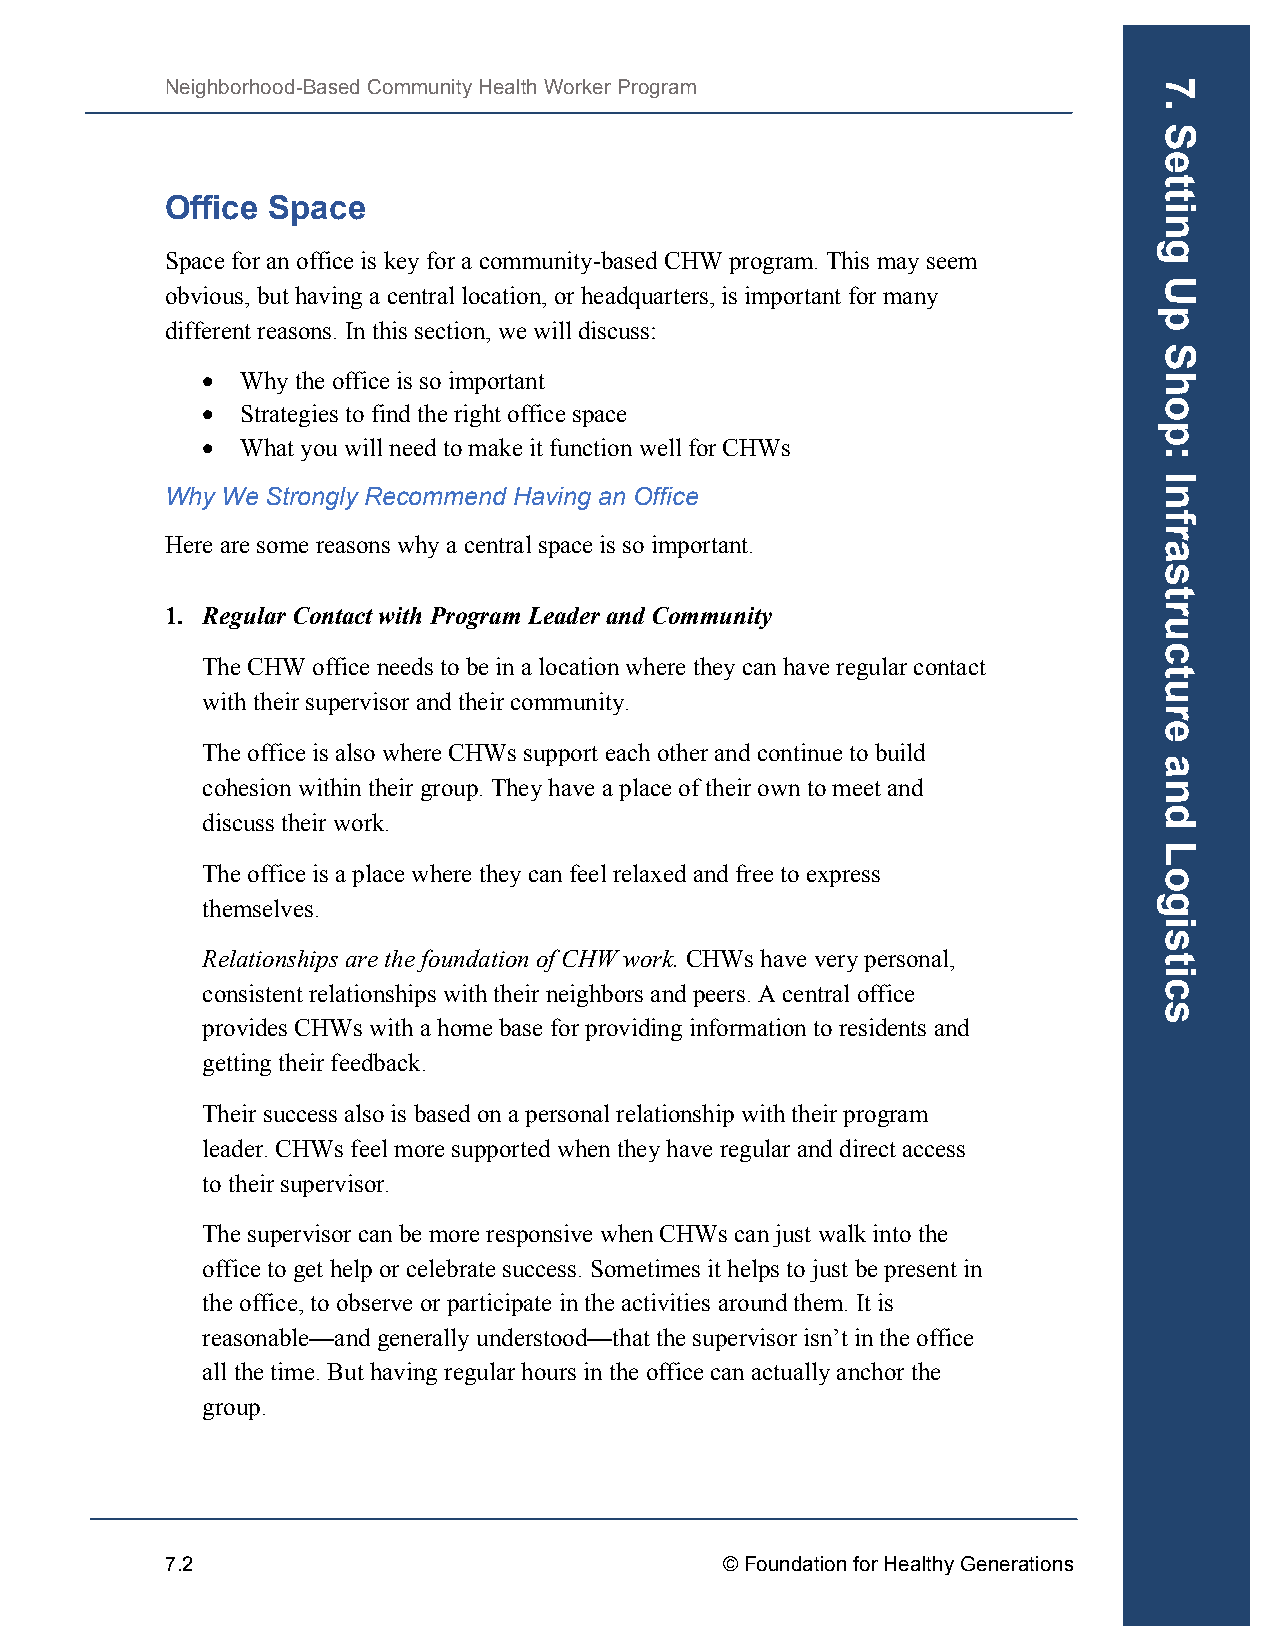
Neighborhood-Based Community Health Worker Program
 Office Space
 Space for an office is key for a community-based CHW program. This may seem
 obvious, but having a central location, or headquarters, is important for many
 different reasons. In this section, we will discuss:
 •  Why the office is so important
 •  Strategies to find the right office space
 •  What you will need to make it function well for CHWs
 Why We Strongly Recommend Having an Office
 Here are some reasons why a central space is so important.
 1. Regular Contact with Program Leader and Community
 The CHW office needs to be in a location where they can have regular contact
 with their supervisor and their community.
 The office is also where CHWs support each other and continue to build
 cohesion within their group. They have a place of their own to meet and
 discuss their work.
 The office is a place where they can feel relaxed and free to express
 themselves.
 Relationships are the foundation of CHW work. CHWs have very personal,
 consistent relationships with their neighbors and peers. A central office
 provides CHWs with a home base for providing information to residents and
 getting their feedback.
 Their success also is based on a personal relationship with their program
 leader. CHWs feel more supported when they have regular and direct access
 to their supervisor.
 The supervisor can be more responsive when CHWs can just walk into the
 office to get help or celebrate success. Sometimes it helps to just be present in
 the office, to observe or participate in the activities around them. It is
 reasonable—and generally understood—that the supervisor isn’t in the office
 all the time. But having regular hours in the office can actually anchor the
 group.
 7.2                                  © Foundation for Healthy Generations
 7.
 Setting
 Up
 Shop:
 Infrastructure
 and
 Logistics